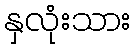
နှလုံးသား